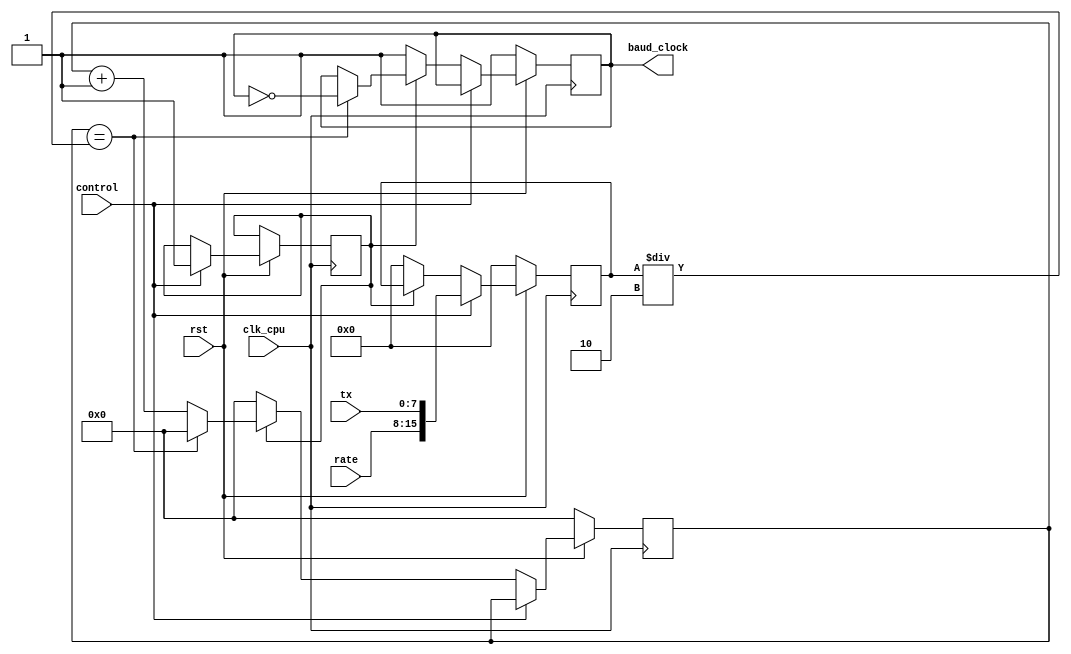
`timescale 1ns / 1ps
//////////////////////////////////////////////////////////////////////////////////
// Design Name: 
// Module Name:    c_div
// Project Name:   UART TX design
// Target Devices: ALTERA FPGA
// Description:    this block uses the system clock to generate the baud 
//                 clock by divide system clk on the divisor   
//
//                 (the developer choose appropriate divisor 
//                  to generate the required baud clock according to
//                  the system clock)
// Revision: Version 1.00
// 
//////////////////////////////////////////////////////////////////////////////////
module c_div
(
input control,              //bit number 7 LCR register 
input clk_cpu,              //system clock
input rst,
input [7:0] tx,             //from DLL register (UI)
input [7:0] rate,           //from DLH register  (UI)
output reg baud_clock       //output clock
);
reg [15:0] value_rate;
reg  [22:0] int_counter;
reg generate_clk = 0;

always @( posedge clk_cpu)
begin
	if (!rst)
		begin
         value_rate <=16'b0;
		 int_counter <= 0;
	     baud_clock <=1;
		end
    else if (control) begin
         value_rate <= {rate,tx};
         generate_clk <= 1;
    end
    else if (generate_clk) begin
	      if (int_counter == ((value_rate/2)))  //baud clock = sys clock / divisor
		     begin
		      int_counter <= 0;
		      baud_clock <= ~baud_clock;
		      end
	      else
		      int_counter <= int_counter + 1;
          end
    else begin 
             value_rate <= 16'b0;
		     int_counter <= 0;
	         baud_clock <=1;
         end 
end
endmodule